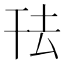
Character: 𭘿